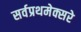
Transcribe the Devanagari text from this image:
सर्वप्रथमेक्सरे